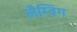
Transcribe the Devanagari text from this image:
लैम्बिंग